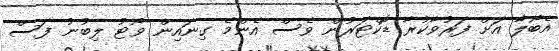
އެބޯލާ އަށް ފަރުވާކުރާ ޑޮކްޓަރުން ވެސް އެންމެ ގިނައިން ވޯޓު ލިބުނު ފަސް